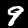
Label: 9